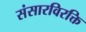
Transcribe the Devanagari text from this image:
संसारविरक्ति